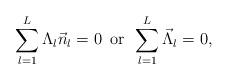
LaTeX: \begin{align*}\sum^L_{l=1}\Lambda_l\vec{n}_l=0 \,\,\, {\rm or}\,\,\,\sum^L_{l=1}\vec{\Lambda}_l=0, \end{align*}